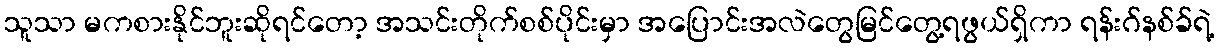
သူသာ မကစားနိုင်ဘူးဆိုရင်တော့ အသင်းတိုက်စစ်ပိုင်းမှာ အပြောင်းအလဲတွေမြင်တွေ့ရဖွယ်ရှိကာ ရန်းဂ်နစ်ခ်ရဲ့